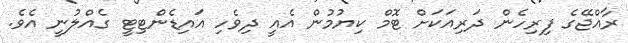
ރާއްޖޭގެ ފިރިހެން ދަރިއަކަށް ޓޮމް ކިޔުމުން އެއީ ދިވެހި އައިޑެންޓިޓީ ގެއްލުނީ އެވެ.